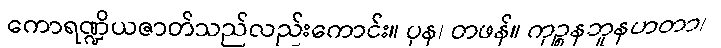
ကောရဏ္ဍိယဇာတ်သည်လည်းကောင်း။ ပုန၊ တဖန်။ ကုဉ္စနဘူနဟတာ၊